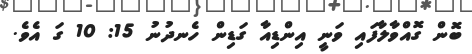
ބޮން ގޮއްވާލާފައި ވަނީ އިންޑިއާ ގަޑިން ހެނދުނު 15: 10 ގަ އެވެ.